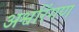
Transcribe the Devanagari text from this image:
अश्वरिंगण